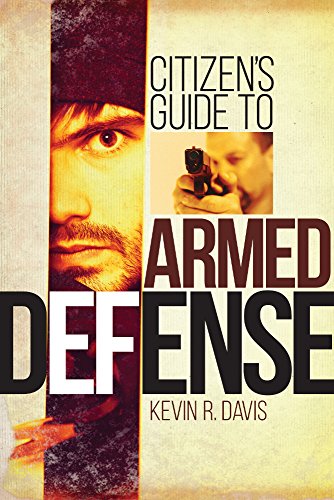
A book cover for Citizen's Guide to Armed Defense; Kevin R. Davis; Reference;